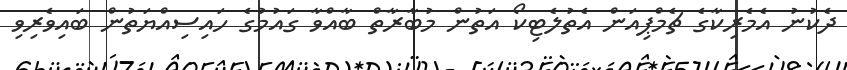
ދެކުނު އެމެރިކާގެ ޗެމްޕިއަން އެތުލެޓިކޯ އަތުން މުބާރާތް ބާއްވާ ގައުމުގެ ހައިސިއްޔަތުން ބައިވެރިވި